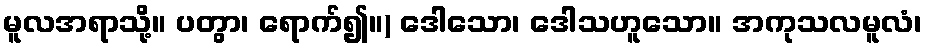
မူလအရာသို့။ ပတွာ၊ ရောက်၍။) ဒေါသော၊ ဒေါသဟူသော။ အကုသလမူလံ၊